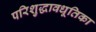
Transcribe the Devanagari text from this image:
परिशुद्धावधूतिका